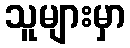
သူများမှာ